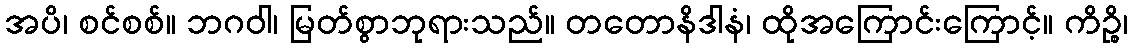
အပိ၊ စင်စစ်။ ဘဂဝါ၊ မြတ်စွာဘုရားသည်။ တတောနိဒါနံ၊ ထိုအကြောင်းကြောင့်။ ကိဉ္စိ၊